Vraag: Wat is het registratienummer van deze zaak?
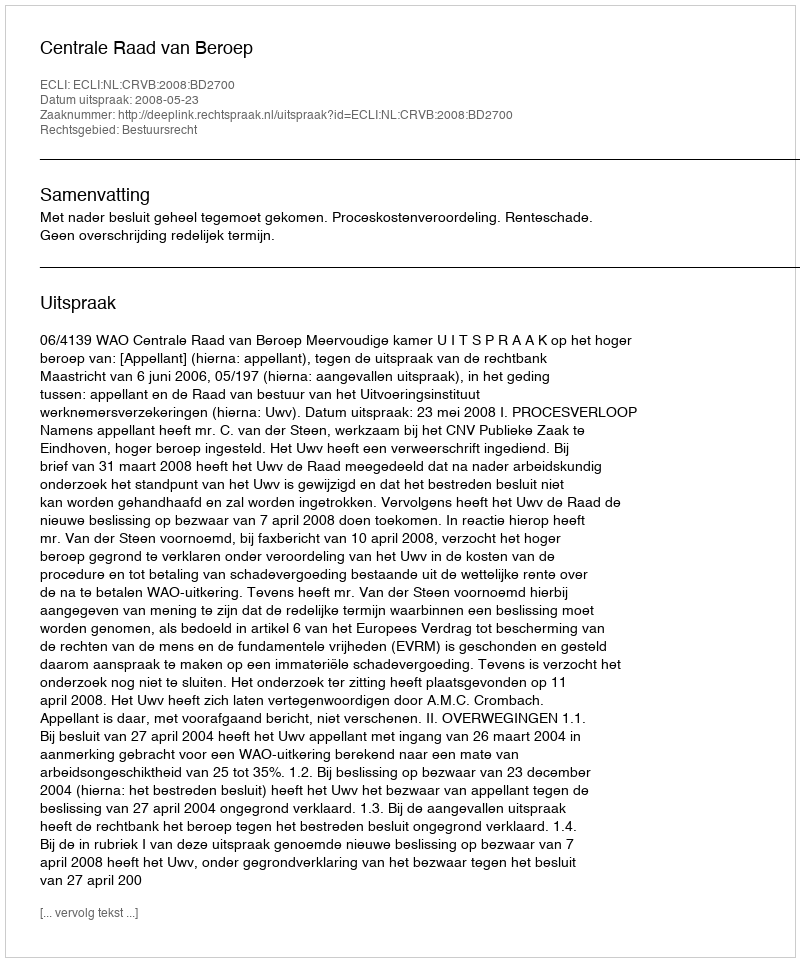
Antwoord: http://deeplink.rechtspraak.nl/uitspraak?id=ECLI:NL:CRVB:2008:BD2700